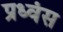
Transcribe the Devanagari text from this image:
प्रध्वंस